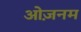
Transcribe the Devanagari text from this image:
ओज़नम